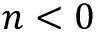
n < 0